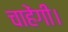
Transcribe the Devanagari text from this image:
चाहेंगी।